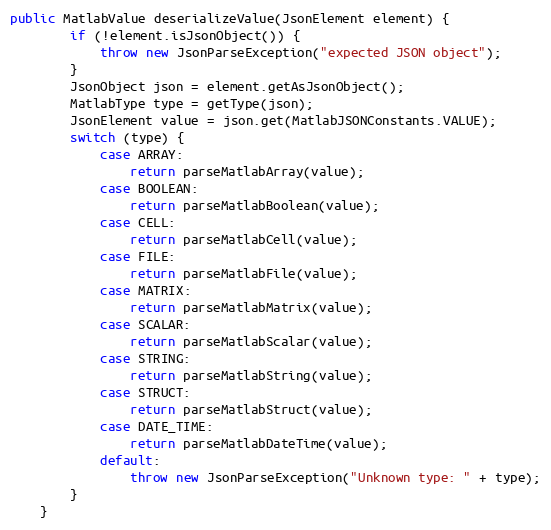
Language: Java
public MatlabValue deserializeValue(JsonElement element) {
        if (!element.isJsonObject()) {
            throw new JsonParseException("expected JSON object");
        }
        JsonObject json = element.getAsJsonObject();
        MatlabType type = getType(json);
        JsonElement value = json.get(MatlabJSONConstants.VALUE);
        switch (type) {
            case ARRAY:
                return parseMatlabArray(value);
            case BOOLEAN:
                return parseMatlabBoolean(value);
            case CELL:
                return parseMatlabCell(value);
            case FILE:
                return parseMatlabFile(value);
            case MATRIX:
                return parseMatlabMatrix(value);
            case SCALAR:
                return parseMatlabScalar(value);
            case STRING:
                return parseMatlabString(value);
            case STRUCT:
                return parseMatlabStruct(value);
            case DATE_TIME:
                return parseMatlabDateTime(value);
            default:
                throw new JsonParseException("Unknown type: " + type);
        }
    }